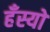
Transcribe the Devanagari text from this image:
हँस्‍यो